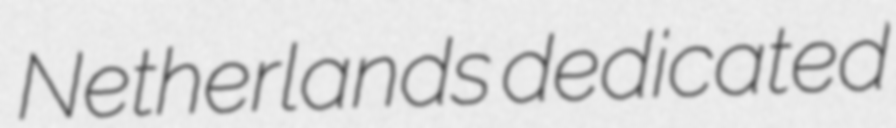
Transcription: Netherlands dedicated